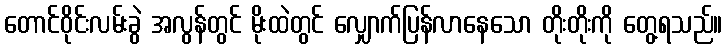
တောင်ဝိုင်းလမ်းခွဲ အလွန်တွင် မိုးထဲတွင် လျှောက်ပြန်လာနေသော တိုးတိုးကို တွေ့ရသည်။